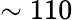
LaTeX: \sim 110